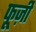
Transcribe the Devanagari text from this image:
फूज़ी